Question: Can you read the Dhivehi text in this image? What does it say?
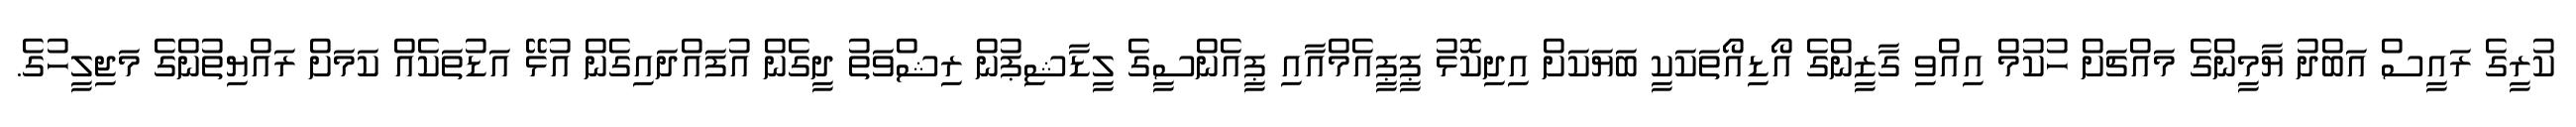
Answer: ކުރީގެ ރައީސް އަބްދު ޔާމީންގެ މައްޗަށް ހުކުމް އިއްވި ގާޒީންގެ އޯޑިއޯތަކަކީ ބަޔަކަށް އިދިކޮޅު ޕީޕީއެމްއާއި ޕީއެންސީގެ ލީޑާޝިޕުން ރިޝްވަތު ދީގެން އުފައްދައިގެން އުޅޭ އަޑުތަކެއް ކަމަށް ރައްޔިތުންގެ މަޖިލީހުގެ.